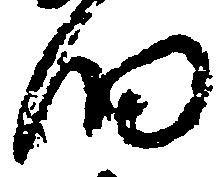
細